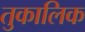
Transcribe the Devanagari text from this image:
तुकालिक